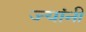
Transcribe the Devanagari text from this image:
ज्‍यांनी